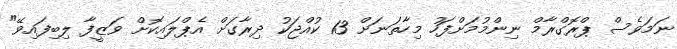
ނަމަވެސް ޕްރޮގްރާމް ނިންމުމަށްފަހު މިހާތަނަށް 13 ކުއްޖަކު ދިރާގަށް އެޕްލައިކޮށް ވަޒީފާ ލިބިފައިވޭ"